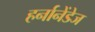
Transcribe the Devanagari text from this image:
हर्नानेंडेज